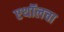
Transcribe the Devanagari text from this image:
एथॉलचा